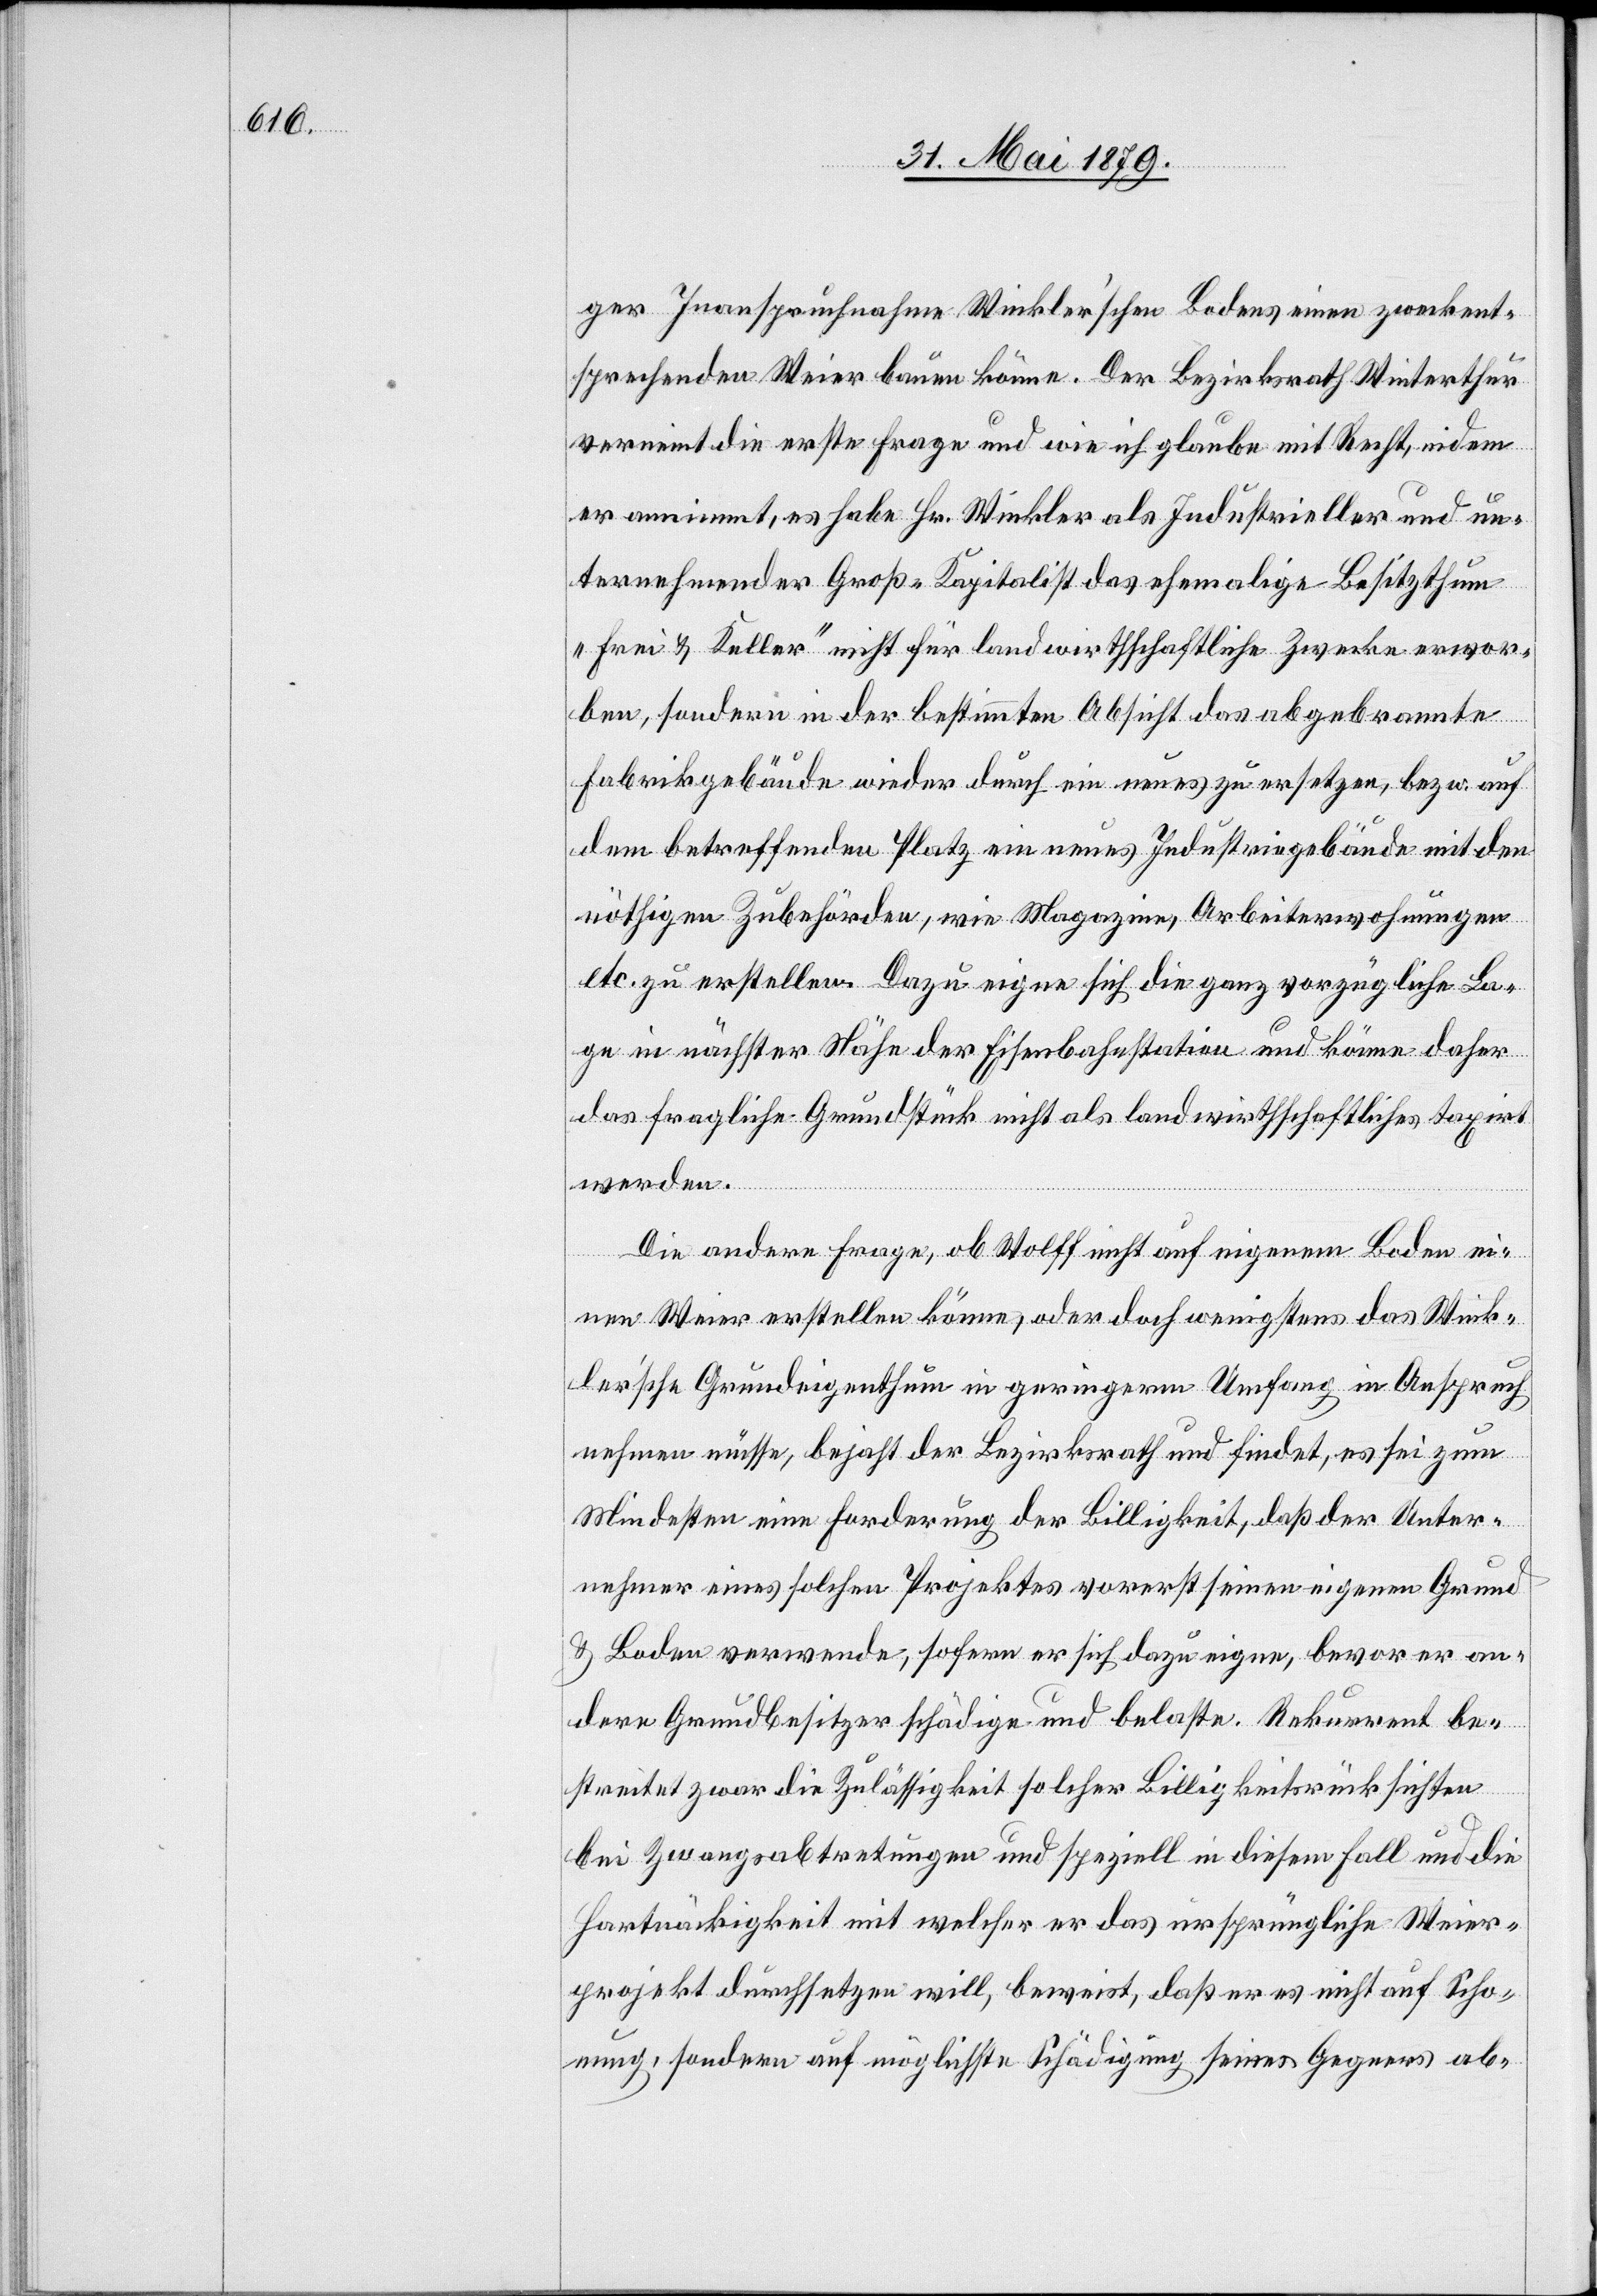
ger Inanspruchnahme Winkler’schen Bodens einen zweckent¬
sprechenden Weier bauen könne. Der Bezirksrath Winterthur
verneint die erste Frage und wie ich glaube mit Recht, indem
er annimmt, es habe Hr. Winkler als Industrieller und un¬
ternehmender Groß-Kapitalist das ehemalige Besitzthum
„Frei & Keller“ nicht für landwirthschaftliche Zwecke erwor¬
ben, sondern in der bestimmten Absicht das abgebrannte
Fabrikgebäude wieder durch ein neues zu ersetzen, bezw. auf
dem betreffenden Platz ein neues Industriegebäude mit den
nöthigen Zubehörden, wie Magazine, Arbeiterwohnungen
etc. zu erstellen. Dazu eigne sich die ganz vorzügliche La¬
ge in nächster Nähe der Eisenbahnstation und könne daher
das fragliche Grundstück nicht als landwirthschaftliches taxirt
werden.
Die andere Frage, ob Wolff nicht auf eigenem Boden ei¬
nen Weier erstellen könne, oder doch wenigstens das Wink¬
ler’sche Grundeigenthum in geringerm Umfang in Anspruch
nehmen müsse, bejaht der Bezirksrath und findet, es sei zum
Mindesten eine Forderung der Billigkeit, daß der Unter¬
nehmer eines solchen Projektes vorerst seinen eigenen Grund
& Boden verwende, sofern er sich dazu eigne, bevor er an¬
dere Grundbesitzer schädige und belaste. Rekurrent be¬
streitet zwar die Zulässigkeit solcher Billigkeitsrücksichten
bei Zwangsabtretungen und speziell in diesem Fall und die
Hartnäckigkeit mit welcher er das ursprüngliche Weier¬
projekt durchsetzen will, beweist, daß er es nicht auf Scho¬
nung, sondern auf möglichste Schädigung seines Gegners ab-